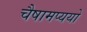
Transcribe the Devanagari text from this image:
चैषामप्ययो